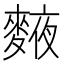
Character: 𪍅